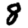
Digit: 8